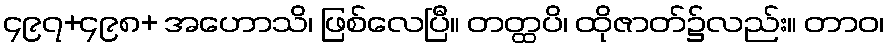
၄၉၇+၄၉၈+ အဟောသိ၊ ဖြစ်လေပြီ။ တတ္ထပိ၊ ထိုဇာတ်၌လည်း။ တာဝ၊